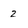
Character: 2